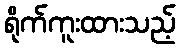
ရိုက်ကူးထားသည့်